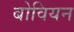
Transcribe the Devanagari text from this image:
बोवियन